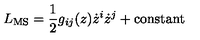
L _ { \mathrm { M S } } = { \frac { 1 } { 2 } } g _ { i j } ( z ) \dot { z } ^ { i } \dot { z } ^ { j } + \mathrm { c o n s t a n t }